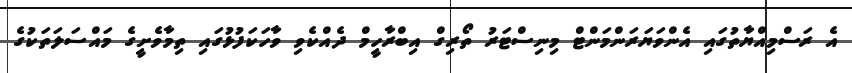
އެ ރަސްމިއްޔާތުގައި އެންވަޔަރަންމަންޓް މިނިސްޓަރު ތޯރިގް އިބްރާހީމް ދެއްކެވި ވާހަކަފުޅުގައި ތިމާވެށީގެ މައްސަލަތަކުގެ